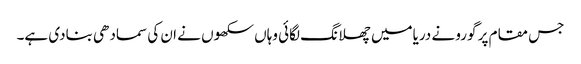
جس مقام پر گورو نے دریامیں چھلانگ لگائی وہاں سکھوں نے ان کی سمادھی بنادی ہے۔